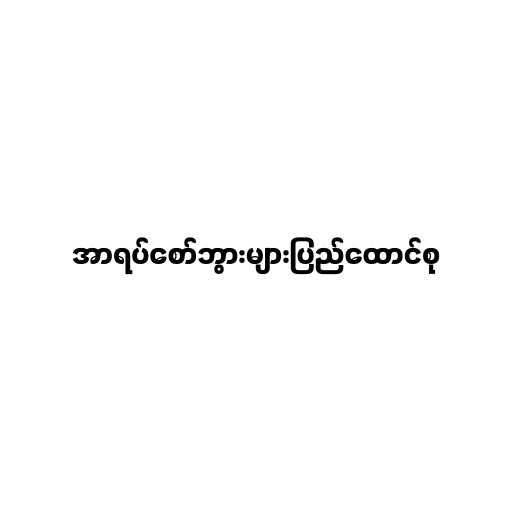
အာရပ်စော်ဘွားများပြည်ထောင်စု